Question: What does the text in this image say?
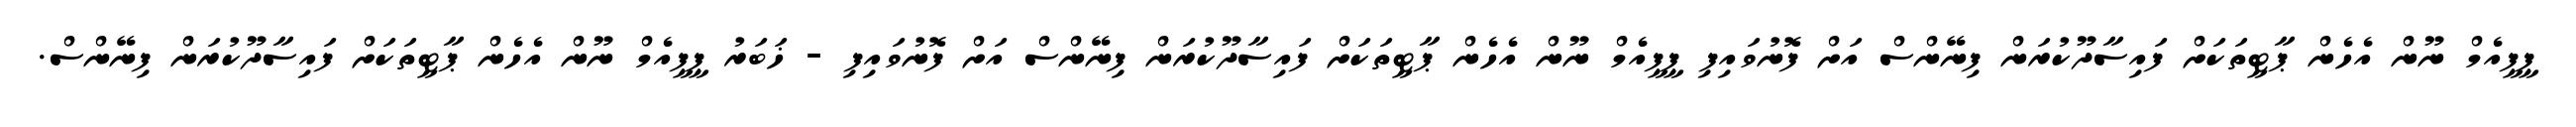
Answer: ޕީޕީއެމް ނޫން އެހެން ޕާޓީތަކަށް ފައިސާދޫކުރަން ފިނޭންސް އަށް ފޮނުވައިފި ޕީޕީއެމް ނޫން އެހެން ޕާޓީތަކަށް ފައިސާދޫކުރަން ފިނޭންސް އަށް ފޮނުވައިފި - ޚަބަރު ޕީޕީއެމް ނޫން އެހެން ޕާޓީތަކަށް ފައިސާދޫކުރަން ފިނޭންސް.